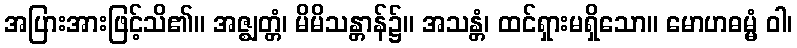
အပြားအားဖြင့်သိ၏။ အဇ္ဈတ္တံ၊ မိမိသန္တာန်၌။ အသန္တံ၊ ထင်ရှားမရှိသော။ မောဟဓမ္မံ ဝါ၊